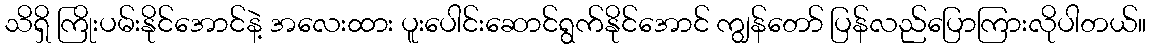
သိရှိ ကြိုးပမ်းနိုင်အောင်နဲ့ အလေးထား ပူးပေါင်းဆောင်ရွက်နိုင်အောင် ကျွန်တော် ပြန်လည်ပြောကြားလိုပါတယ်။